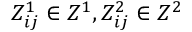
Z _ { i j } ^ { 1 } \in Z ^ { 1 } , Z _ { i j } ^ { 2 } \in Z ^ { 2 }